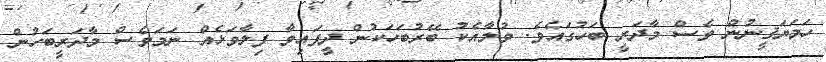
ހަމަޔަޤީނުން ވެސް މާދަރީ ބަހުގައެވެ. ވުމާއެކު ބޭރުބަހަކުން ދީފައިވާ ފިލާވަޅެއް ނަމަވެސް މާދަރީބަހުން